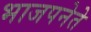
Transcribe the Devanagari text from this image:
भाजपनेते